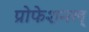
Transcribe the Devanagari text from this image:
प्रोफेशनल्